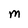
Character: M